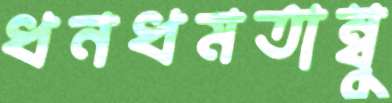
ধনধমতাম্বু